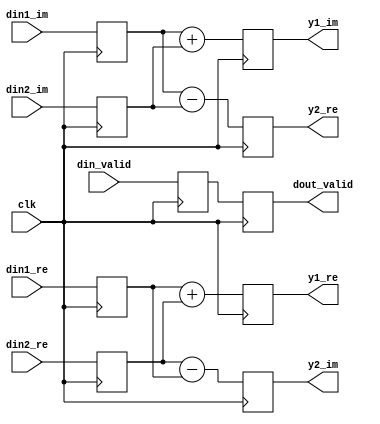
`default_nettype none

/* 
*
*   By construction the steer vector is centrosymmetric, uesprit takes advantage
*   of that multiplying by [ I jI; PI -jPI]  where I is de identity and PI is the 
*   exchage matrix.. The idea is to have a real correlation matrix so we avoid
*   complex operations.
*
*   so we have: y1  = Q^{H} x1  
*               y2          x2 
*
*/

module centrosym_matrix #(
    parameter DIN_WIDTH = 18
) (
    input wire clk,
    input wire signed [DIN_WIDTH-1:0] din1_re, din1_im,
    input wire signed [DIN_WIDTH-1:0] din2_re, din2_im,
    input wire din_valid,

    output wire signed [DIN_WIDTH:0] y1_re, y1_im,
    output wire signed [DIN_WIDTH:0] y2_re, y2_im,
    output wire dout_valid
);

//pipelined to improve timing 
reg [DIN_WIDTH-1:0] din1_re_r=0, din1_im_r=0;
reg [DIN_WIDTH-1:0] din2_re_r=0, din2_im_r=0;
reg din_valid_r=0;

always@(posedge clk)begin
    din1_re_r <= din1_re;   din1_im_r <= din1_im;
    din2_re_r <= din2_re;   din2_im_r <= din2_im;
    din_valid_r <= din_valid;
end


reg signed [DIN_WIDTH:0] up_re=0, up_im=0, down_re=0, down_im=0;
reg dout_valid_r=0;
always@(posedge clk)begin
    up_re <= $signed(din1_re_r)+$signed(din2_re_r);
    up_im <= $signed(din1_im_r)+$signed(din2_im_r);

    down_re <= $signed(din1_im_r)-$signed(din2_im_r);
    down_im <= $signed(din2_re_r)-$signed(din1_re_r);
    dout_valid_r <= din_valid_r;
end

assign y1_re = up_re;
assign y1_im = up_im;
assign y2_re = down_re;
assign y2_im = down_im;

assign dout_valid = dout_valid_r;
endmodule